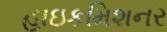
હાઇકમિશનર